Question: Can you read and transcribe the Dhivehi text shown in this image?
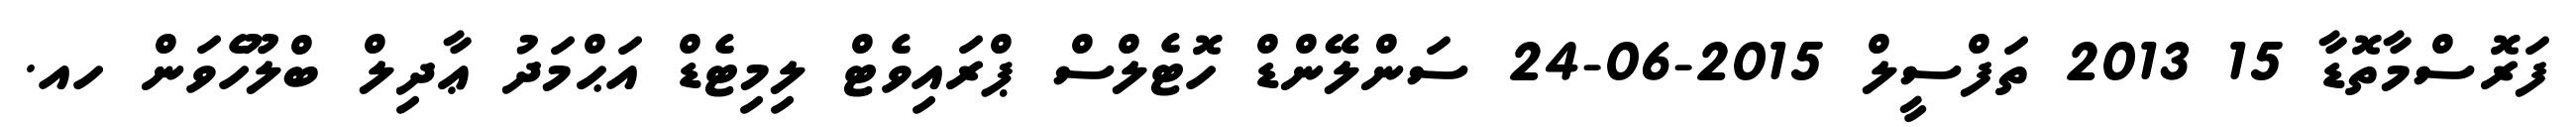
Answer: ފަރޮސްމާތޮޑާ 15 2013 ތަފްސީލް 2015-06-24 ސަންލޭންޑް ހޮޓެލްސް ޕްރައިވެޓް ލިމިޓެޑް އަޙްމަދު ޢާދިލް ބްލޫހެވަން ހއ.